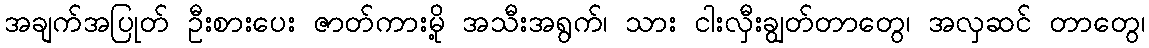
အချက်အပြုတ် ဦးစားပေး ဇာတ်ကားမို့ အသီးအရွက်၊ သား ငါးလှီးချွတ်တာတွေ၊ အလှဆင် တာတွေ၊